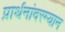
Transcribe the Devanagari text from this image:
प्रार्थनांदरम्यान